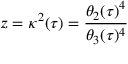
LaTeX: z = \kappa ^ { 2 } ( \tau ) = { \frac { \theta _ { 2 } ( \tau ) ^ { 4 } } { \theta _ { 3 } ( \tau ) ^ { 4 } } }